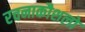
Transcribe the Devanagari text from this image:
रचनाकौशलों